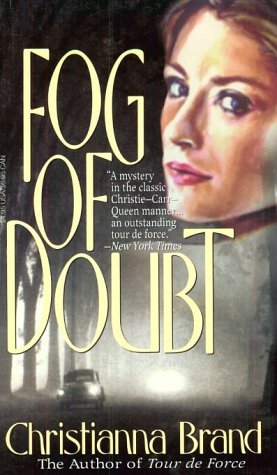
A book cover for Fog of Doubt (Brand, Christianna); Christianna Brand; Romance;